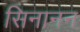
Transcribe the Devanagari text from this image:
सिनानन